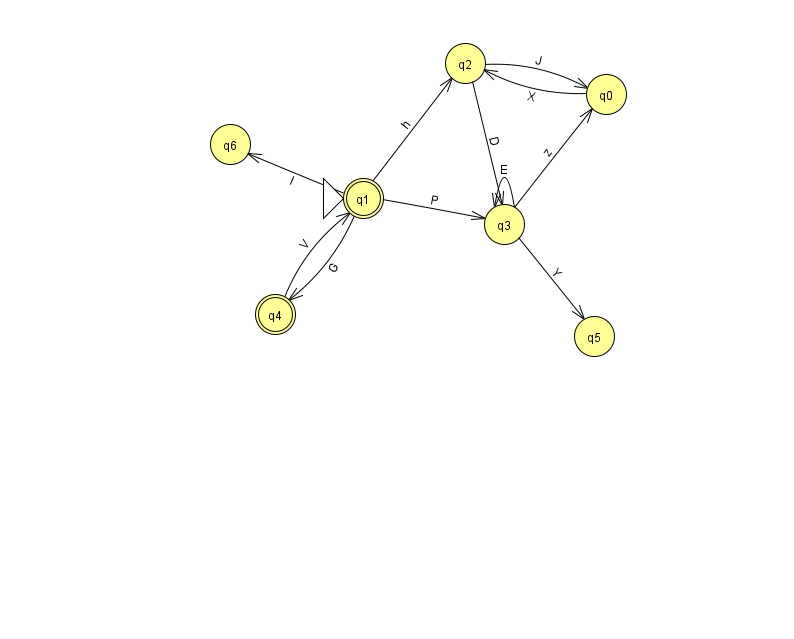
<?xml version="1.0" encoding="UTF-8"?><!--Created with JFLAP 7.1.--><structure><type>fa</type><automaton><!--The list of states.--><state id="0" name="q0"><x>606.0</x><y>81.0</y></state><state id="1" name="q1"><x>363.0</x><y>185.0</y><initial/><final/></state><state id="2" name="q2"><x>465.0</x><y>50.0</y></state><state id="3" name="q3"><x>504.0</x><y>211.0</y></state><state id="4" name="q4"><x>275.0</x><y>301.0</y><final/></state><state id="5" name="q5"><x>594.0</x><y>323.0</y></state><state id="6" name="q6"><x>230.0</x><y>131.0</y></state><!--The list of transitions.--><transition><from>0</from><to>2</to><read>X</read></transition><transition><from>1</from><to>3</to><read>P</read></transition><transition><from>2</from><to>0</to><read>J</read></transition><transition><from>1</from><to>6</to><read>l</read></transition><transition><from>3</from><to>3</to><read>E</read></transition><transition><from>1</from><to>2</to><read>h</read></transition><transition><from>1</from><to>4</to><read>G</read></transition><transition><from>2</from><to>3</to><read>D</read></transition><transition><from>3</from><to>5</to><read>Y</read></transition><transition><from>4</from><to>1</to><read>V</read></transition><transition><from>3</from><to>0</to><read>z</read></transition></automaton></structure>